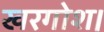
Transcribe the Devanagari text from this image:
खरगोश।